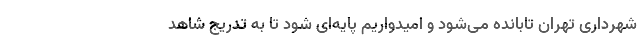
شهرداری تهران تابانده می‌شود و امیدواریم پایه‌ای شود تا به تدریج شاهد